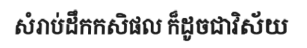
សំរាប់ដឹកកសិផល ក៏ដូចជាវិស័យ